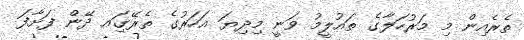
ތެރެއިން މި މަރުހަލާގެ ތައުލީމު ވަނީ މިދިޔަ އަހަރުގެ ތެރޭގަިއ ދޭން ފަށާފަ